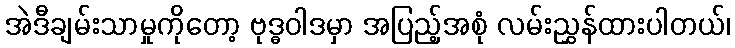
အဲဒီချမ်းသာမှုကိုတော့ ဗုဒ္ဓဝါဒမှာ အပြည့်အစုံ လမ်းညွှန်ထားပါတယ်၊